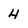
Character: 4